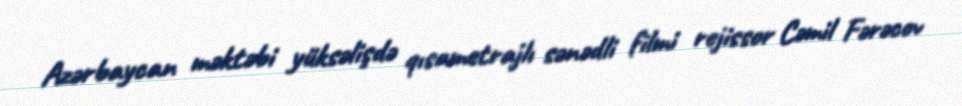
Azərbaycan məktəbi yüksəlişdə qısametrajlı sənədli filmi rejissor Cəmil Fərəcov